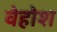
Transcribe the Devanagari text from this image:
वेहोश